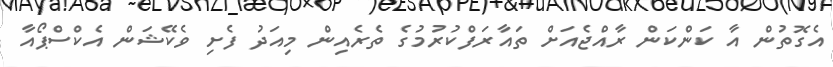
އެގޮތުން އާ ކަންކަން ރާއްޖެއަށް ތައާރަފްކުރުމުގެ ތެރެއިން މިއަދު ފެށި ވެކޭޝަން އެކްސްޕޯއާ